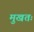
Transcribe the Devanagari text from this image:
मुखतः